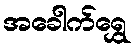
အခေါက်ရွှေ